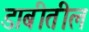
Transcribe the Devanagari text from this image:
डाबीतील